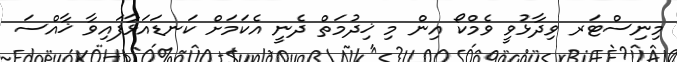
މިނިސްޓަރ ވިދާޅުވީ ވެމްކޯ އިން މި ޚިދުމަތް ދެނީ އެކަމަށް ކަނޑައަޅާފައިވާ ޚާއްސަ